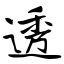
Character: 透